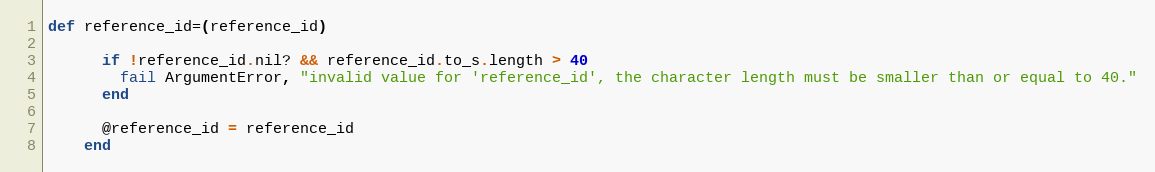
Language: Ruby
def reference_id=(reference_id)

      if !reference_id.nil? && reference_id.to_s.length > 40
        fail ArgumentError, "invalid value for 'reference_id', the character length must be smaller than or equal to 40."
      end

      @reference_id = reference_id
    end